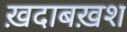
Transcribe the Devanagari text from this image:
ख़दाबख़श